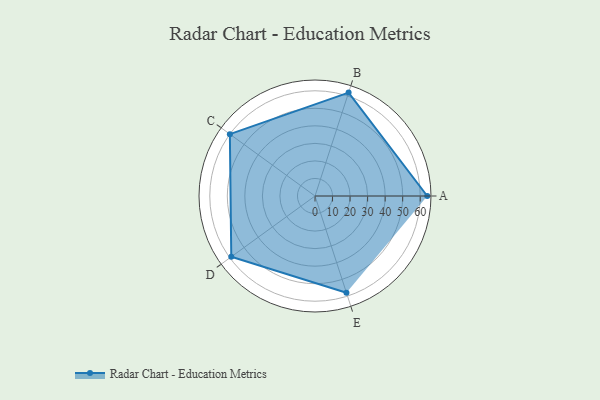
{"axis": {"x": "Skill", "y": "Score"}, "legend": ["Profile"], "data": [{"x": "A", "y": 64.0, "type": "Profile"}, {"x": "B", "y": 62.0, "type": "Profile"}, {"x": "C", "y": 60.0, "type": "Profile"}, {"x": "D", "y": 59.0, "type": "Profile"}, {"x": "E", "y": 58.0, "type": "Profile"}]}